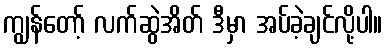
ကျွန်တော့် လက်ဆွဲအိတ် ဒီမှာ အပ်ခဲ့ချင်လို့ပါ။